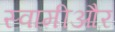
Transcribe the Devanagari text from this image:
स्वामीऔर